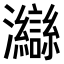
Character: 𤅇